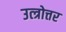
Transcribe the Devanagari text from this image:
उत्त्रोत्तर